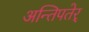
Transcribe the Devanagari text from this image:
अन्तिपतेर्